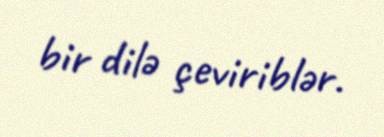
bir dilə çeviriblər.